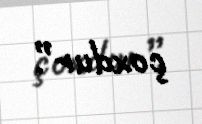
çoxdur”.